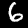
Digit: 6